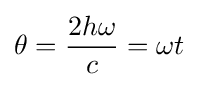
\theta ={\frac {2h\omega }{c}}=\omega t\